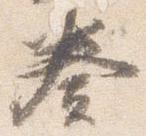
奏